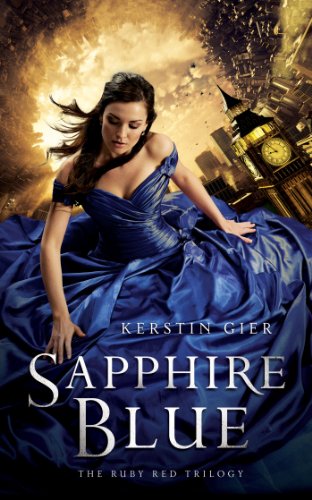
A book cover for Sapphire Blue (The Ruby Red Trilogy); Kerstin Gier; Teen & Young Adult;